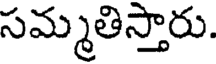
సమ్మతిస్తారు.